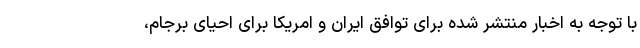
با توجه به اخبار منتشر شده برای توافق ایران و امریکا برای احیای برجام،